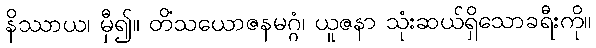
နိဿာယ၊ မှီ၍။ တိံသယောဇနမဂ္ဂံ၊ ယူဇနာ သုံးဆယ်ရှိသောခရီးကို။